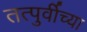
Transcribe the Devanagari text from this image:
तत्पुर्वीच्या